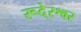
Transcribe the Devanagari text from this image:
रूदे्रश्वर